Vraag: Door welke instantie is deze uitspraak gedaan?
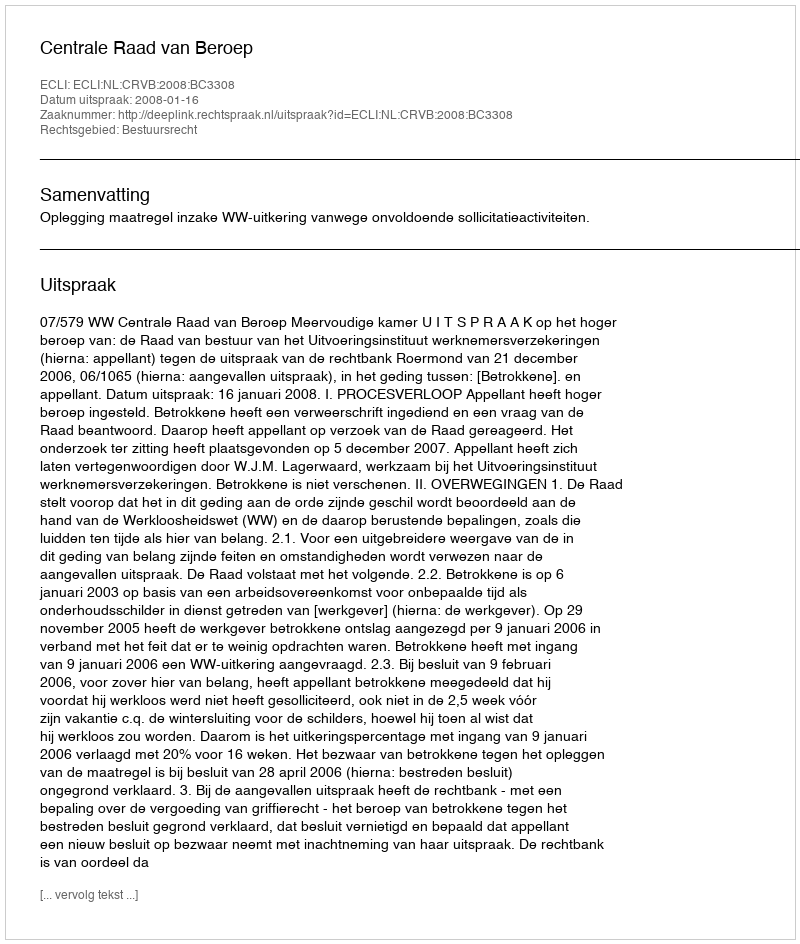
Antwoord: Centrale Raad van Beroep